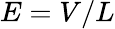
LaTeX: E=V/L